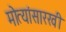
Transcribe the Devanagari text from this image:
मोत्यांसारखी